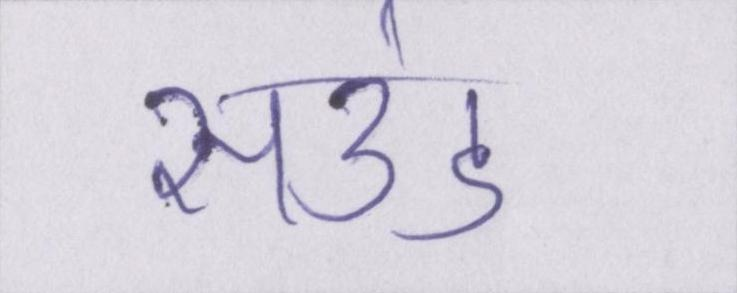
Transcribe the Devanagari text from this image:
साउंड